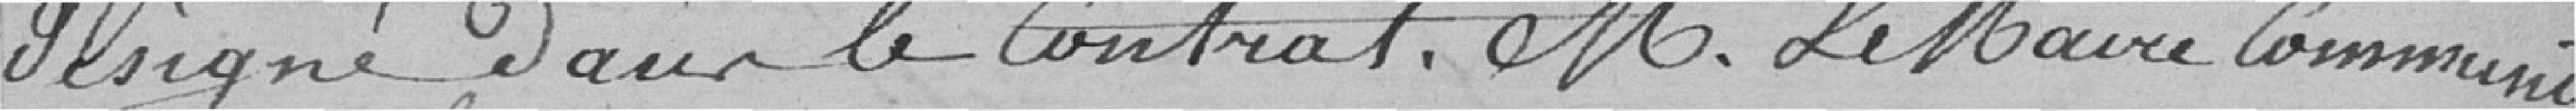
désigné dans le contrat. Monsieur le Maire communique